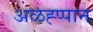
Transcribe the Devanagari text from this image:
अळह्प्पान